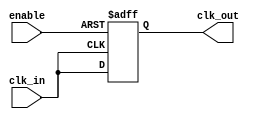
module ClockBuffer (
    input wire clk_in,       // Single-ended clock input
    input wire enable,       // Enable signal for power management
    output wire clk_out      // Buffered clock output
);

// Buffering logic - In this simple implementation, we use a D flip-flop to
// create a stable clock buffer. In a real-world scenario, you may want to 
// implement more complex buffering logic or utilize dedicated buffer elements.

reg clk_d; // Intermediate D flip-flop

// D Flip-Flop for buffering the clock signal
always @(posedge clk_in or negedge enable) begin
    if (!enable) begin
        clk_d <= 1'b0; // Reset output when disabled
    end else begin
        clk_d <= clk_in; // Buffer the input clock
    end
end

assign clk_out = clk_d; // Output the buffered clock

endmodule